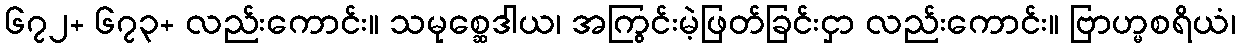
၆၇၂+ ၆၇၃+ လည်းကောင်း။ သမုစ္ဆေဒါယ၊ အကြွင်းမဲ့ဖြတ်ခြင်းငှာ လည်းကောင်း။ ဗြာဟ္မစရိယံ၊